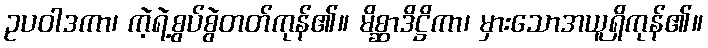
ဥပဝါဒကာ၊ ကဲ့ရဲ့စွပ်စွဲတတ်ကုန်၏။ မိစ္ဆာဒိဋ္ဌိကာ၊ မှားသောအယူရှိကုန်၏။